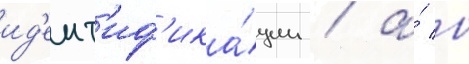
ид'ент'иф'ика́ции / а́ в